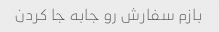
بازم سفارش رو جابه جا کردن